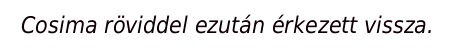
Cosima röviddel ezután érkezett vissza.